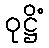
ဝုဋ္ဌိံ